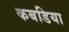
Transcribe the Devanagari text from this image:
कबडिया